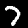
Label: 7